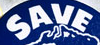
SAVE